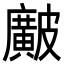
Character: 𥀱